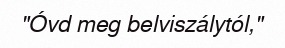
"Óvd meg belviszálytól,"